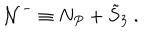
{ \cal N } ^ { - } \equiv N _ { P } + { \tilde { S } } _ { 3 } \ .